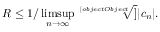
R \leq 1 / \operatorname* { l i m s u p } _ { n \rightarrow \infty } { \sqrt [ [object Object] ] { | c _ { n } | } } .